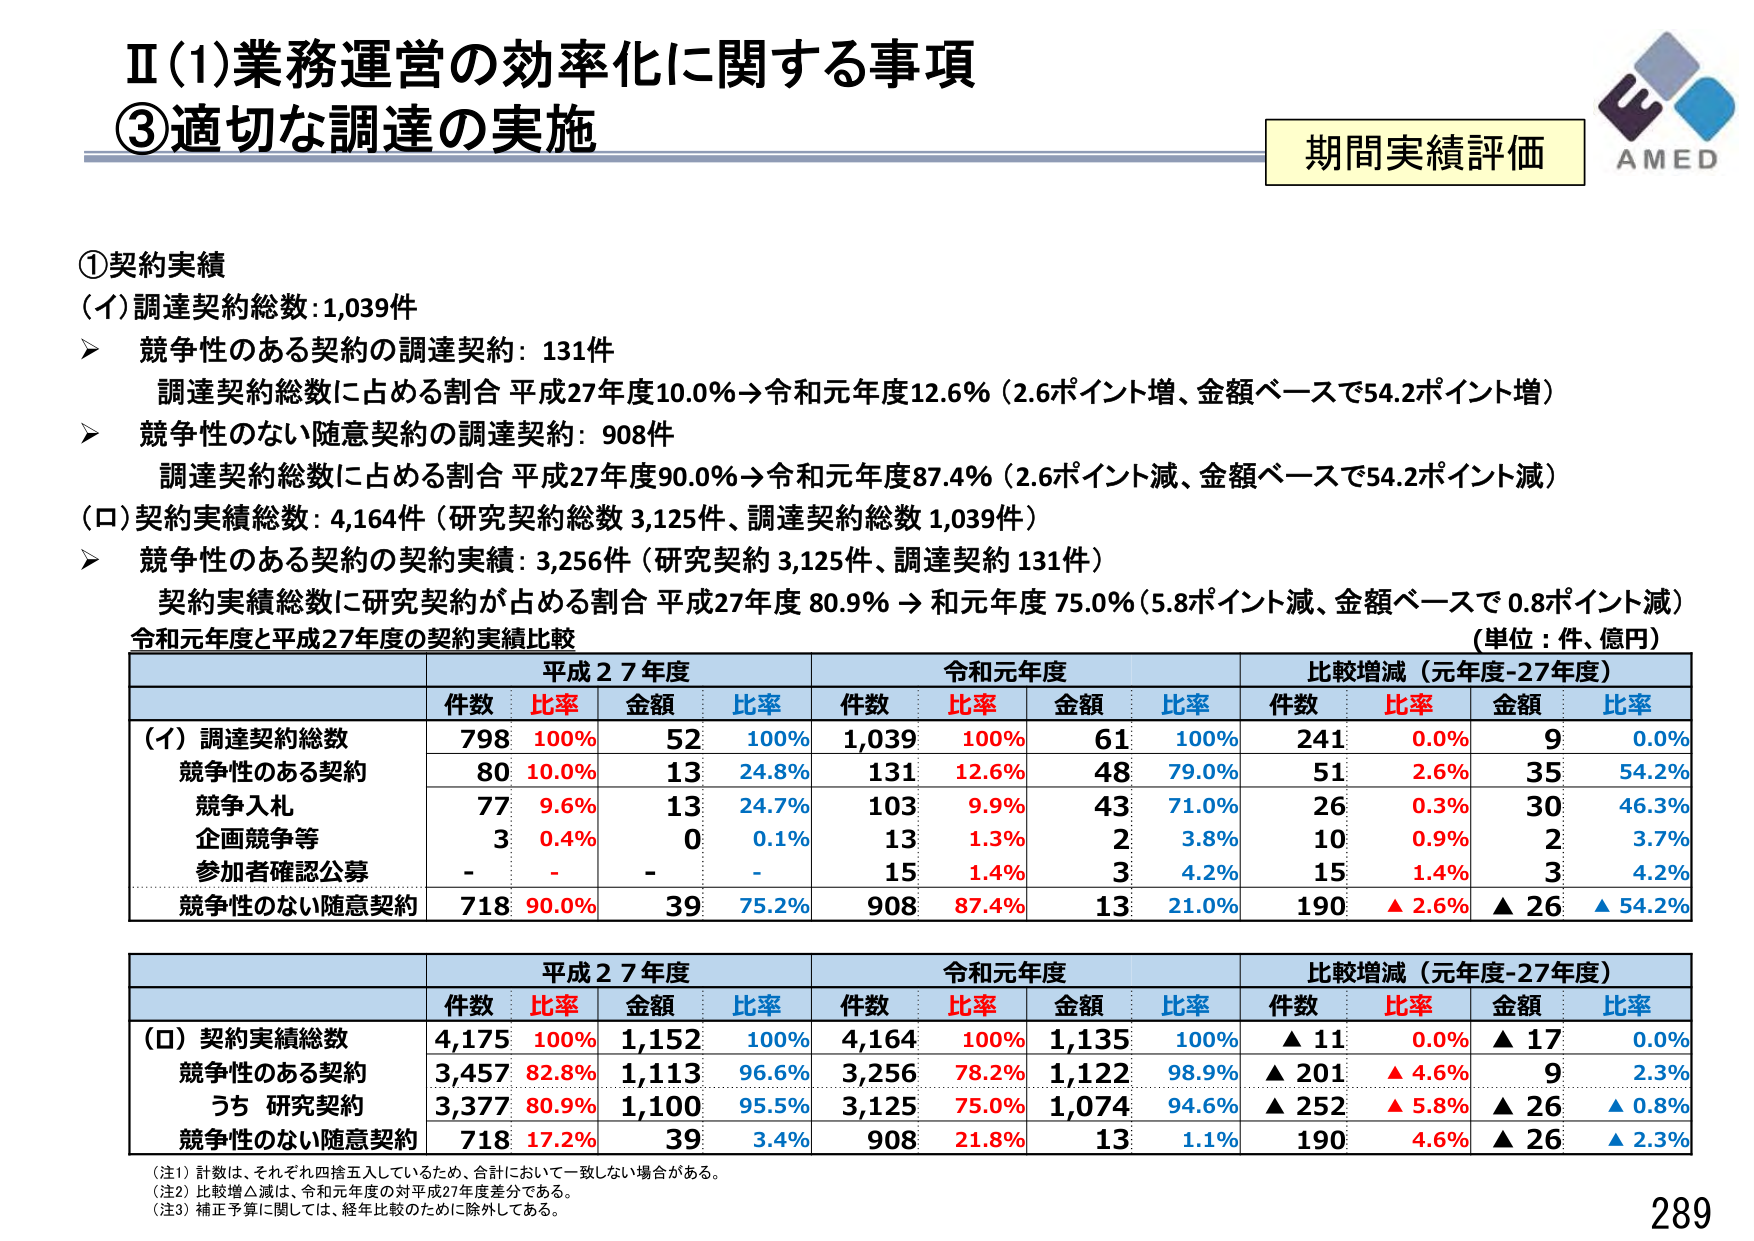
Ⅱ(1)業務運営の効率化に関する事項
③適切な調達の実施

期間実績評価
AMED

①契約実績
(イ)調達契約総数:1,039件
➤ 競争性のある契約の調達契約: 131件
　調達契約総数に占める割合 平成27年度10.0%→令和元年度12.6%（2.6ポイント増、金額ベースで54.2ポイント増）
➤ 競争性のない随意契約の調達契約: 908件
　調達契約総数に占める割合 平成27年度90.0%→令和元年度87.4%（2.6ポイント減、金額ベースで54.2ポイント減）
(ロ)契約実績総数: 4,164件（研究契約総数 3,125件、調達契約総数 1,039件）
➤ 競争性のある契約の契約実績: 3,256件（研究契約 3,125件、調達契約 131件）
　契約実績総数に研究契約が占める割合 平成27年度 80.9% → 和元年度 75.0%（5.8ポイント減、金額ベースで 0.8ポイント減）

令和元年度と平成27年度の契約実績比較
（単位：件、億円）

平成27年度　　　　　　　令和元年度　　　　　　　比較増減（元年度-27年度）
件数　比率　金額　比率　件数　比率　金額　比率　件数　比率　金額　比率
(イ) 調達契約総数　　　798　100%　52　100%　1,039　100%　61　100%　241　0.0%　9　0.0%
　競争性のある契約　　　80　10.0%　13　24.8%　131　12.6%　48　79.0%　51　2.6%　35　54.2%
　競争入札　　　　　　　77　9.6%　13　24.7%　103　9.9%　43　71.0%　26　0.3%　30　46.3%
　企画競争等　　　　　　3　0.4%　0　0.1%　13　1.3%　2　3.8%　10　0.9%　2　3.7%
　参加者確認公募　　　　-　-　-　-　15　1.4%　3　4.2%　15　1.4%　3　4.2%
　競争性のない随意契約　718　90.0%　39　75.2%　908　87.4%　13　21.0%　190　▲2.6%　▲26　▲54.2%

平成27年度　　　　　　　令和元年度　　　　　　　比較増減（元年度-27年度）
件数　比率　金額　比率　件数　比率　金額　比率　件数　比率　金額　比率
(ロ) 契約実績総数　　　4,175　100%　1,152　100%　4,164　100%　1,135　100%　▲11　0.0%　▲17　0.0%
　競争性のある契約　　　3,457　82.8%　1,113　96.6%　3,256　78.2%　1,122　98.9%　▲201　▲4.6%　9　2.3%
　うち 研究契約　　　　3,377　80.9%　1,100　95.5%　3,125　75.0%　1,074　94.6%　▲252　▲5.8%　▲26　▲0.8%
　競争性のない随意契約　718　17.2%　39　3.4%　908　21.8%　13　1.1%　190　4.6%　▲26　▲2.3%

（注1）計数は、それぞれ四捨五入しているため、合計において一致しない場合がある。
（注2）比較増△減は、令和元年度の対平成27年度差分である。
（注3）補正予算に関しては、経年比較のために除外してある。

289